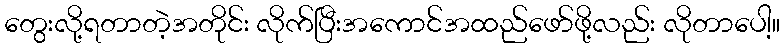
တွေးလို့ရတာတဲ့အတိုင်း လိုက်ပြီးအကောင်အထည်ဖော်ဖို့လည်း လိုတာပေါ့။